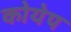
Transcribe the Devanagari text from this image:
कोयेप